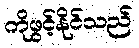
ကိုဖွင့်နိုင်သည်